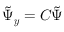
\boldsymbol { \tilde { \Psi } _ { y } } = \boldsymbol { C } \boldsymbol { \tilde { \Psi } }